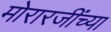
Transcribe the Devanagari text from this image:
मोरारजींच्या